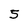
Character: 5